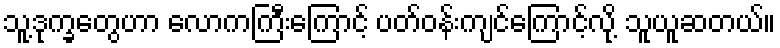
သူ့ဒုက္ခတွေဟာ လောကကြီးကြောင့် ပတ်ဝန်းကျင်ကြောင့်လို့ သူယူဆတယ်။